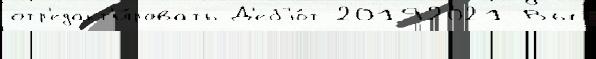
отр'едакт'и́ровать Д'еб'ю́т 20192021 Вы